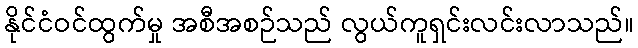
နိုင်ငံဝင်ထွက်မှု အစီအစဉ်သည် လွယ်ကူရှင်းလင်းလာသည်။